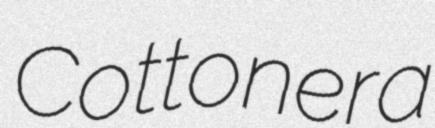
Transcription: Cottonera